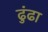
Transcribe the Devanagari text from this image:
ढुंढा